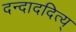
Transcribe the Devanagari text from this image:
दन्दाददित्य्